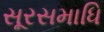
સૂરસમાધિ